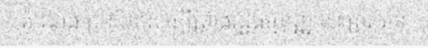
តំណែង ប្រសិនសេចក្តីព្រាងរដ្ឋធម្មនុញ្ញនោះត្រូវបាន